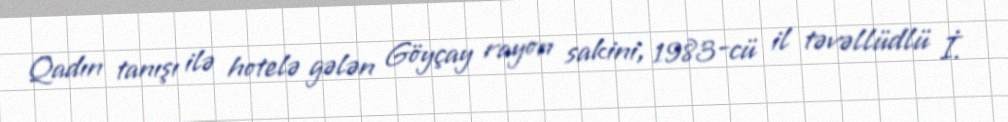
Qadın tanışı ilə hotelə gələn Göyçay rayon sakini, 1983-cü il təvəllüdlü İ.